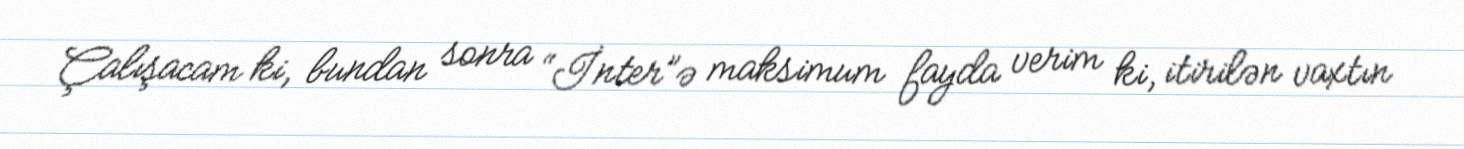
Çalışacam ki, bundan sonra “İnter”ə maksimum fayda verim ki, itirilən vaxtın